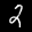
Label: 2